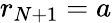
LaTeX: r_{N+1}=a